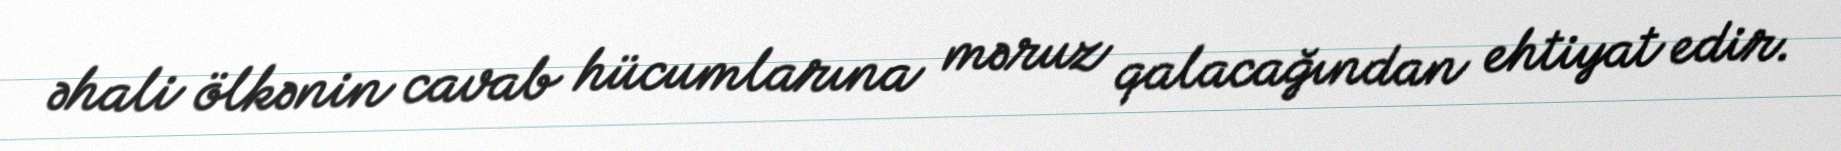
əhali ölkənin cavab hücumlarına məruz qalacağından ehtiyat edir.